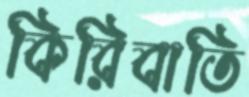
কিরিবাতি